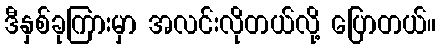
ဒီနှစ်ခုကြားမှာ အလင်းလိုတယ်လို့ ပြောတယ်။